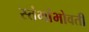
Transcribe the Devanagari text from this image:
स्तंभांभोवती